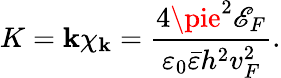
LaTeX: K=\mathbf{k}\chi_{\mathbf{k}}=\frac{{4\pie^{2}\mathscr{{E}}_{F}}}{{\varepsilon_{0}\bar{{\varepsilon}}h^{2}v_{F}^{2}}}.